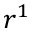
r ^ { 1 }